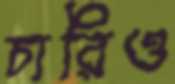
চারিও